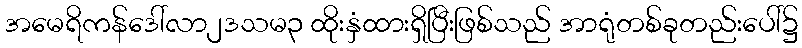
အမေရိကန်ဒေါ်လာ၂ဒသမ၃ ထိုးနှံထားရှိပြီးဖြစ်သည် အာရုံတစ်ခုတည်းပေါ်၌